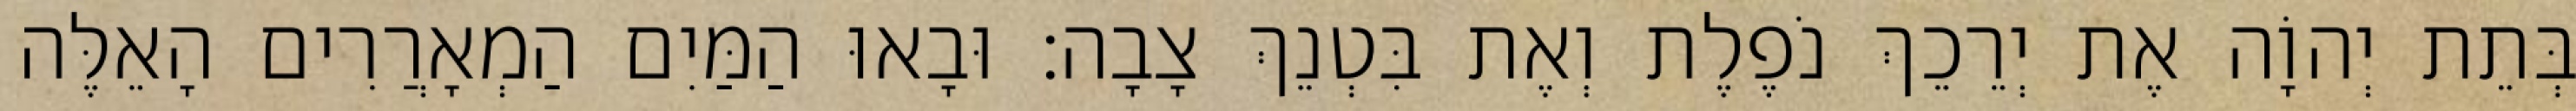
בְּתֵת יְהוָֹה אֶת יְרֵכֵךְ נֹפֶלֶת וְאֶת בִּטְנֵךְ צָבָה׃ וּבָאוּ הַמַּיִם הַמְאָרֲרִים הָאֵלֶּה